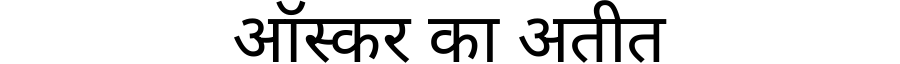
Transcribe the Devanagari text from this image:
ऑस्कर का अतीत